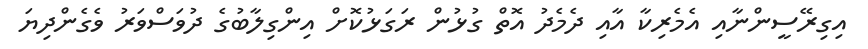
އިގިރޭސީންނާއި އެމެރިކާ އާއި ދެމެދު އޮތް ގުޅުން ރަގަޅުކޮށް އިންގިލާބުގެ ދުވަސްވަރު ވެގެންދިޔަ